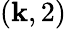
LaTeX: (\mathbf{k},2)